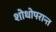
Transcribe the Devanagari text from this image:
शोधोपरान्त